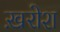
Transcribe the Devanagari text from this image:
ख़रोश